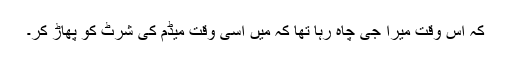
کہ اس وقت میرا جی چاہ رہا تھا کہ میں اسی وقت میڈم کی شرٹ کو پھاڑ کر۔